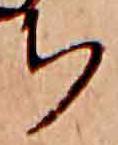
ち